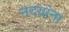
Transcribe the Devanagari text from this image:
नदयांना